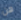
هن